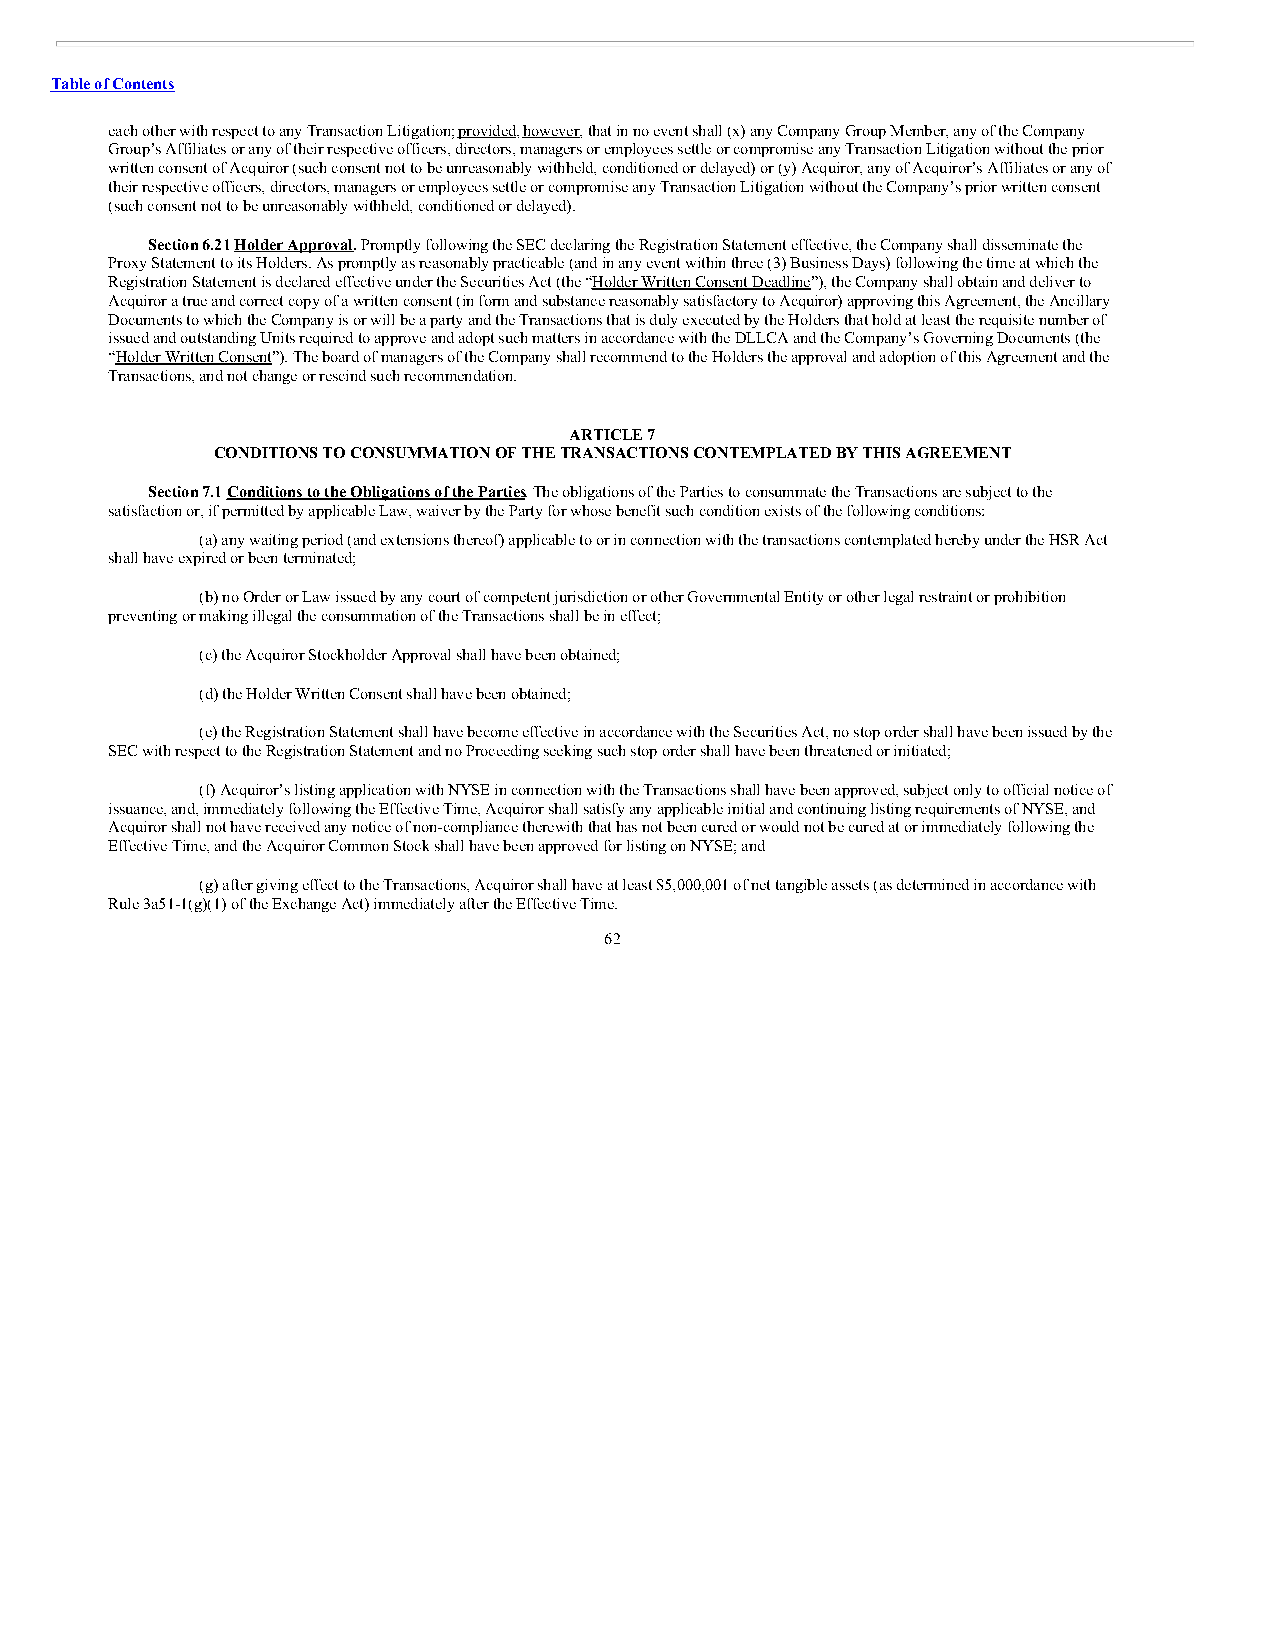
Table of Contents
 each other with respect to any Transaction Litigation; provided, however, that in no event shall (x) any Company Group Member, any of the Company
 Group’s Affiliates or any of their respective officers, directors, managers or employees settle or compromise any Transaction Litigation without the prior
 written consent of Acquiror (such consent not to be unreasonably withheld, conditioned or delayed) or (y) Acquiror, any of Acquiror’s Affiliates or any of
 their respective officers, directors, managers or employees settle or compromise any Transaction Litigation without the Company’s prior written consent
 (such consent not to be unreasonably withheld, conditioned or delayed).
 Section 6.21 Holder Approval. Promptly following the SEC declaring the Registration Statement effective, the Company shall disseminate the
 Proxy Statement to its Holders. As promptly as reasonably practicable (and in any event within three (3) Business Days) following the time at which the
 Registration Statement is declared effective under the Securities Act (the “Holder Written Consent Deadline”), the Company shall obtain and deliver to
 Acquiror a true and correct copy of a written consent (in form and substance reasonably satisfactory to Acquiror) approving this Agreement, the Ancillary
 Documents to which the Company is or will be a party and the Transactions that is duly executed by the Holders that hold at least the requisite number of
 issued and outstanding Units required to approve and adopt such matters in accordance with the DLLCA and the Company’s Governing Documents (the
 “Holder Written Consent”). The board of managers of the Company shall recommend to the Holders the approval and adoption of this Agreement and the
 Transactions, and not change or rescind such recommendation.
 ARTICLE 7
 CONDITIONS TO CONSUMMATION OF THE TRANSACTIONS CONTEMPLATED BY THIS AGREEMENT
 Section 7.1 Conditions to the Obligations of the Parties. The obligations of the Parties to consummate the Transactions are subject to the
 satisfaction or, if permitted by applicable Law, waiver by the Party for whose benefit such condition exists of the following conditions:
 (a) any waiting period (and extensions thereof) applicable to or in connection with the transactions contemplated hereby under the HSR Act
 shall have expired or been terminated;
 (b) no Order or Law issued by any court of competent jurisdiction or other Governmental Entity or other legal restraint or prohibition
 preventing or making illegal the consummation of the Transactions shall be in effect;
 (c) the Acquiror Stockholder Approval shall have been obtained;
 (d) the Holder Written Consent shall have been obtained;
 (e) the Registration Statement shall have become effective in accordance with the Securities Act, no stop order shall have been issued by the
 SEC with respect to the Registration Statement and no Proceeding seeking such stop order shall have been threatened or initiated;
 (f) Acquiror’s listing application with NYSE in connection with the Transactions shall have been approved, subject only to official notice of
 issuance, and, immediately following the Effective Time, Acquiror shall satisfy any applicable initial and continuing listing requirements of NYSE, and
 Acquiror shall not have received any notice of non-compliance therewith that has not been cured or would not be cured at or immediately following the
 Effective Time, and the Acquiror Common Stock shall have been approved for listing on NYSE; and
 (g) after giving effect to the Transactions, Acquiror shall have at least $5,000,001 of net tangible assets (as determined in accordance with
 Rule 3a51-1(g)(1) of the Exchange Act) immediately after the Effective Time.
 62